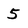
Character: 5